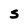
Character: S